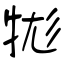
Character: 牻